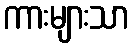
ကားများသာ